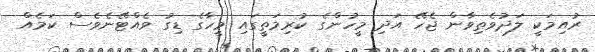
ރުއިމަކީ ލަދުވެތިވާން ޖެހޭ އަދި މީހުންގެ ކުރިމަތީގައި މީހާގެ ޑިގު ވެއްޓޭނެވެސް ކަމެއް